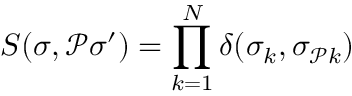
{ \cal S } ( \sigma , \mathcal { P } \sigma ^ { \prime } ) = \prod _ { k = 1 } ^ { N } \delta ( \sigma _ { k } , \sigma _ { \mathcal { P } k } )